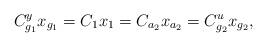
LaTeX: \begin{align*} C^y_{g_1}x_{g_1} = C_1x_1 = C_{a_2}x_{a_2} = C^u_{g_2}x_{g_2}, \end{align*}